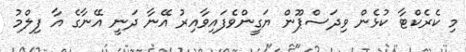
މި ކެރެކްޓާ ކުޅެން ވިދަސްޕޫން ޔަގީންވެފައިވާއިރު އޭނާ ދަނީ އޭނާގެ އާ ފިލްމު